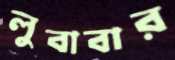
লুবাবার